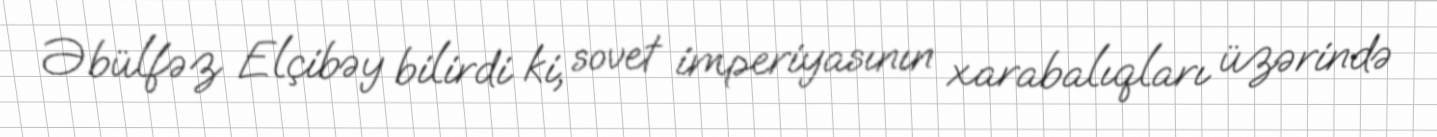
Əbülfəz Elçibəy bilirdi ki, sovet imperiyasının xarabalıqları üzərində